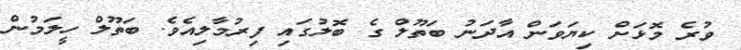
ވުރެ މޮޅަށް ކިޔަވަން އާދަނު ބަތޫލް ގެ ބޮލުގައި ފިރުމާލިއެވެ. ބަތޫލް ހީލަމުން